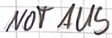
Text: NOT AUS